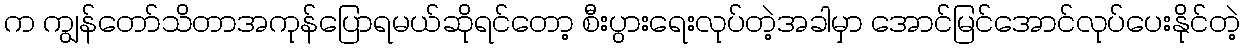
က ကျွန်တော်သိတာအကုန်ပြောရမယ်ဆိုရင်တော့ စီးပွားရေးလုပ်တဲ့အခါမှာ အောင်မြင်အောင်လုပ်ပေးနိုင်တဲ့